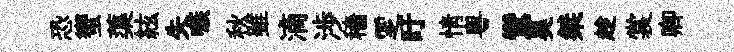
恐蠁蕖絃失嗾秋雖滴渉穡覂盱情粵鸞昊桀趁裳卿